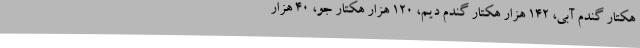
هکتار گندم آبی، 142 هزار هکتار گندم دیم، 120 هزار هکتار جو، 40 هزار